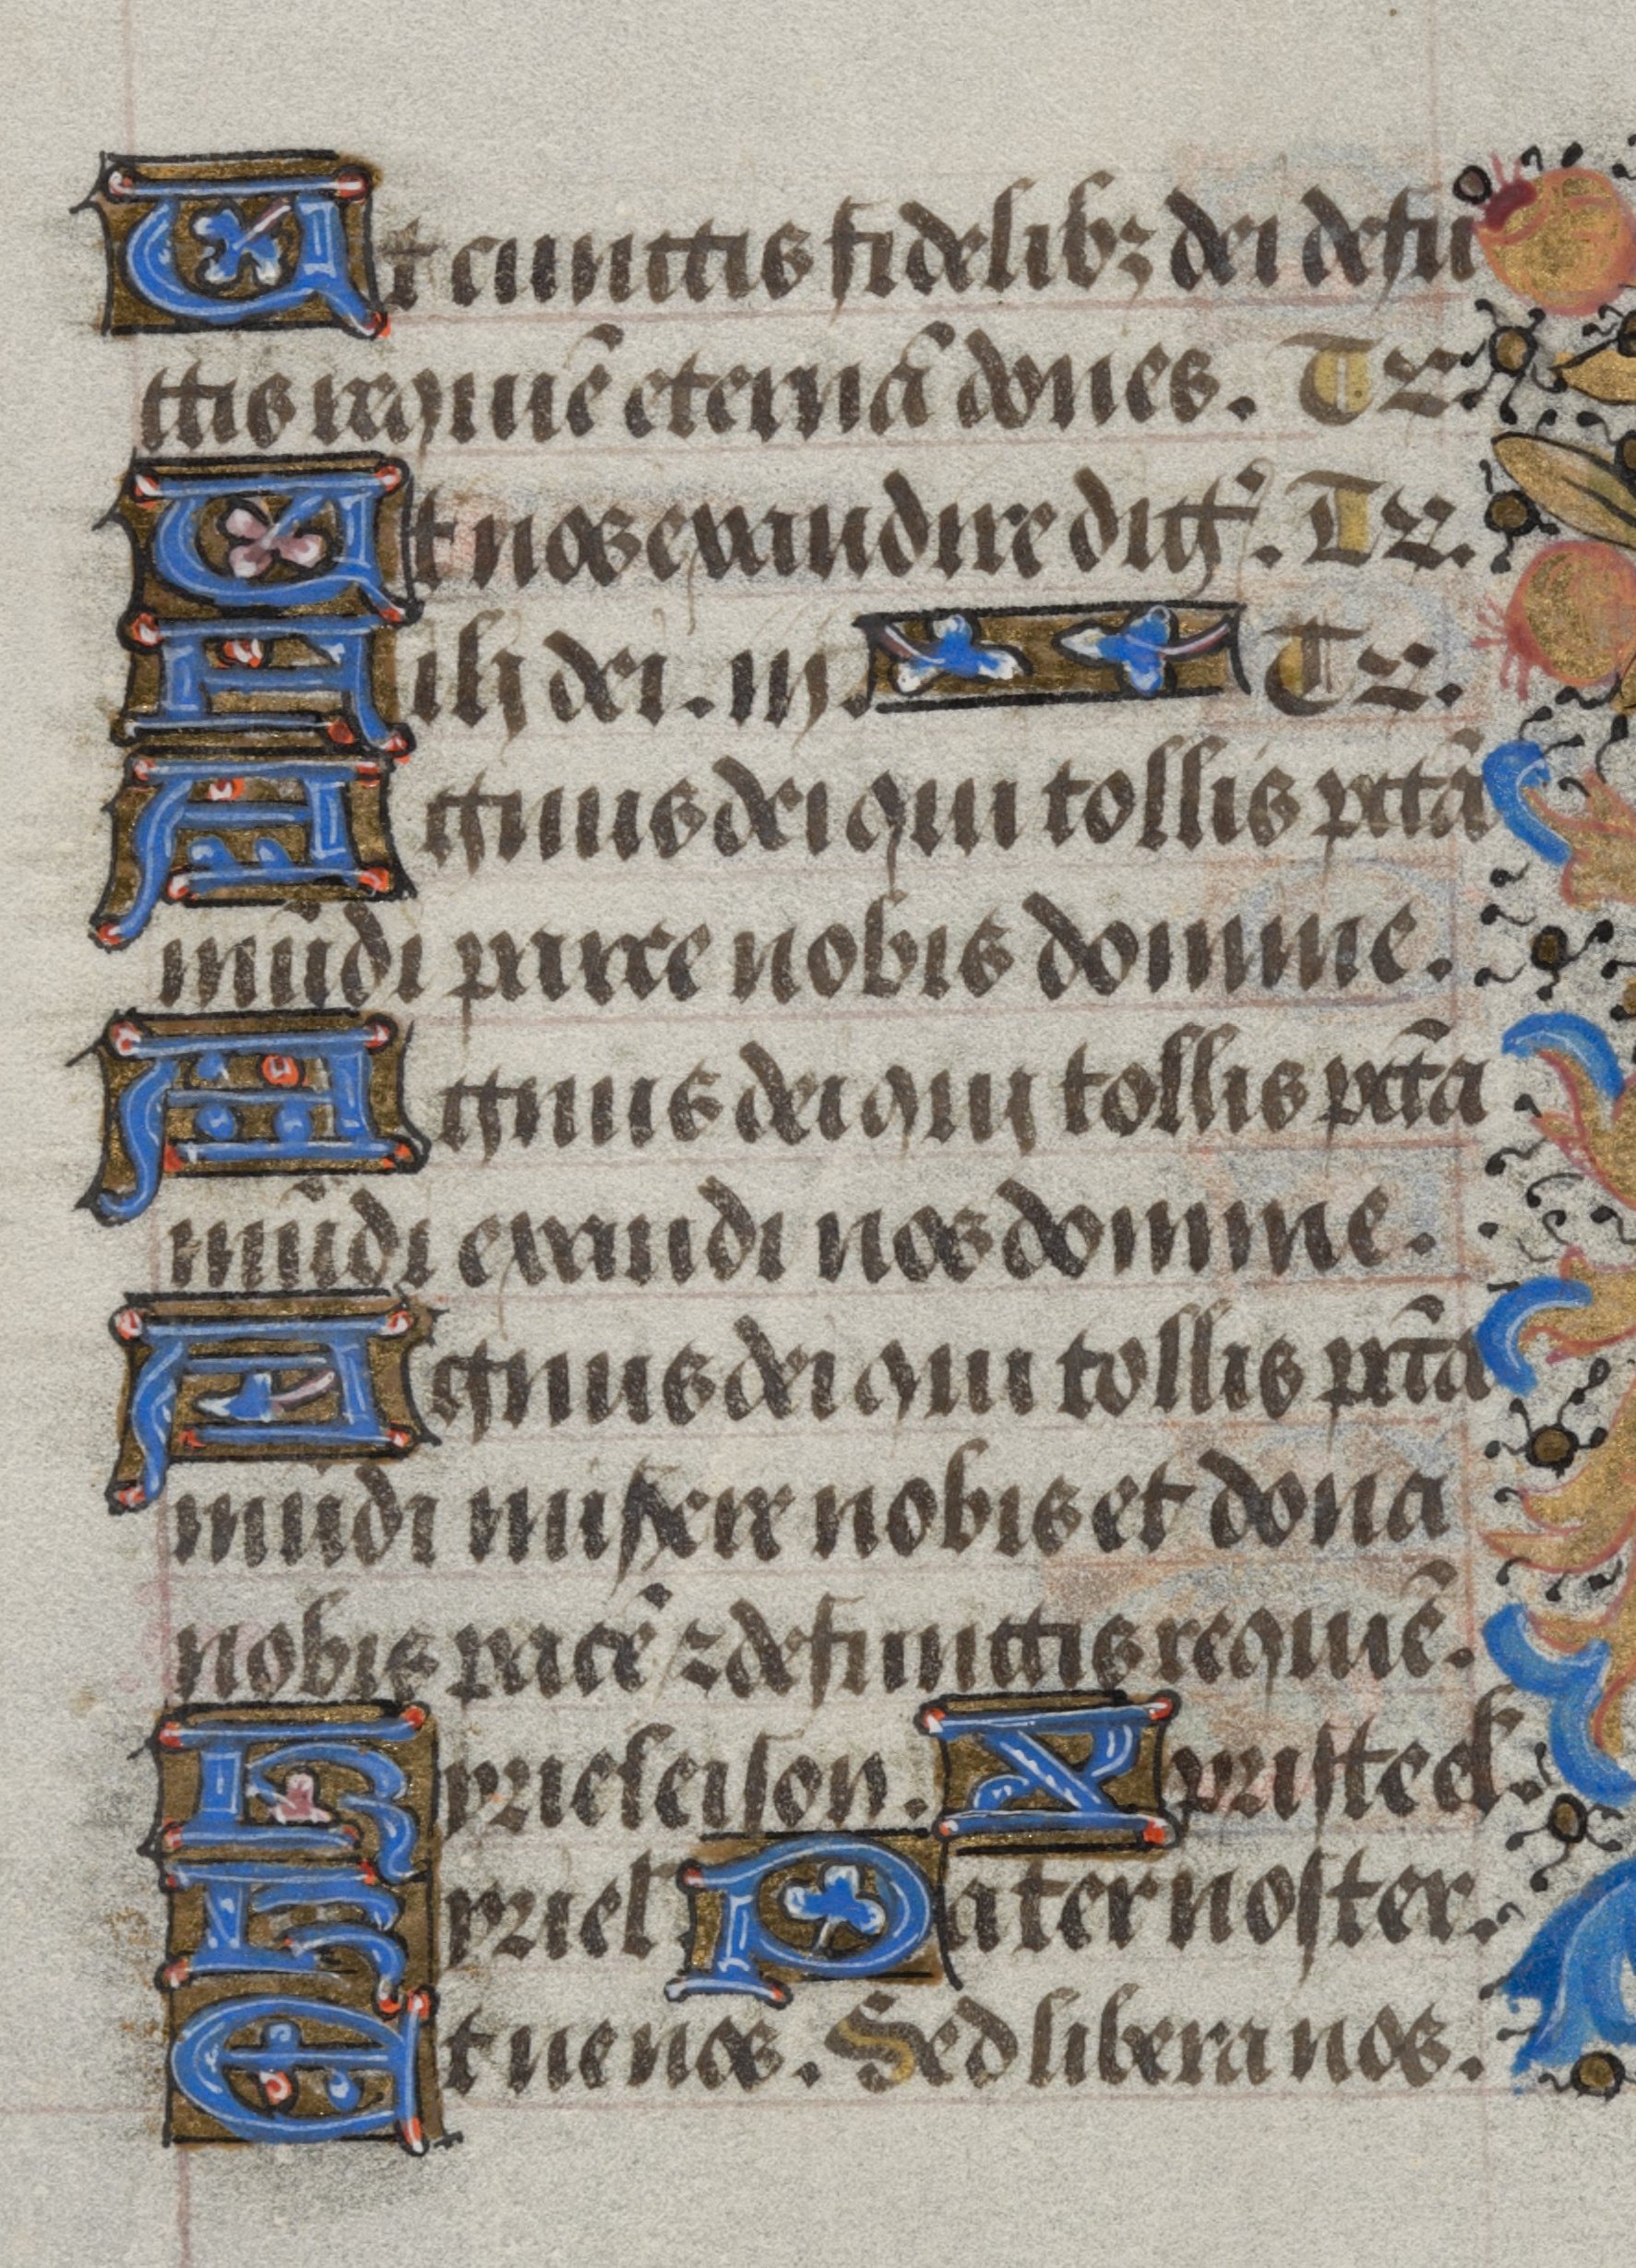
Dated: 1450–1474